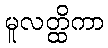
မူလတ္ထိကာ